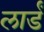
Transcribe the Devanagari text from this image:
लार्डं